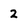
Character: 2